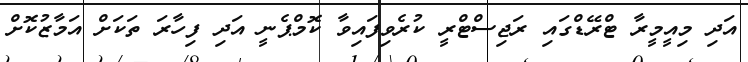
އަދި މިއީމީރާ ޓްރޭޑްގައި ރަޖިސްޓްރީ ކުރެވިފައިވާ ކޮމްޕެނީ އަދި ފިހާރަ ތަކަށް އަމާޒުކޮށް